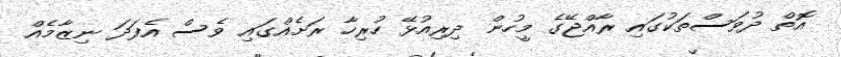
އޮތް ދުވަސްތަކުގައި ރާއްޖޭގެ މީހުން ދިރިއުޅޭ ހުރިހާ ރަށެއްގައި ވެސް އެފަދަ ނިޒާމެއް